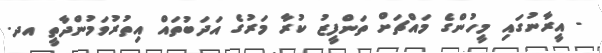
- އީރާނުގައި މީހުންގެ މައްޗަށް ތަންފީޒު ކުރާ މަރުގެ އަދަބުތައް އިތުރުވަމުންދާތީ އދ.